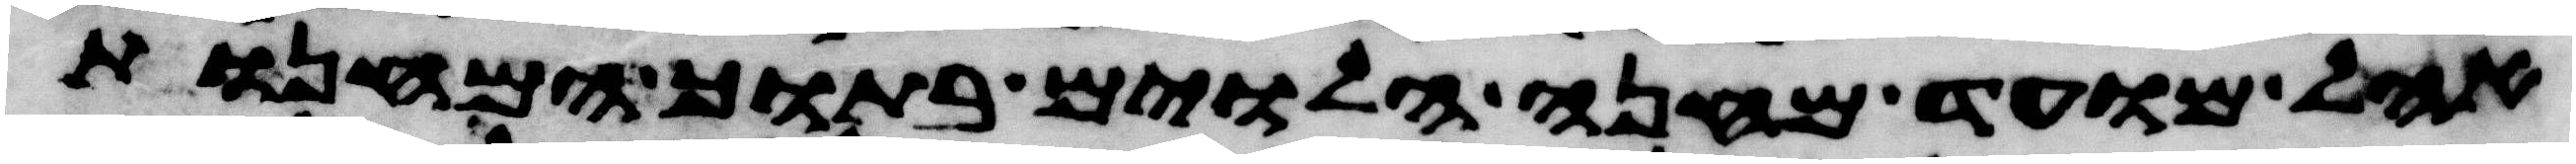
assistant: אהל מועד מחנה הלוים בתוך המחנות